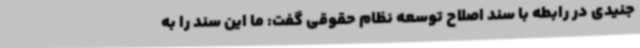
جنیدی در رابطه با سند اصلاح توسعه نظام حقوقی گفت: ما این سند را به